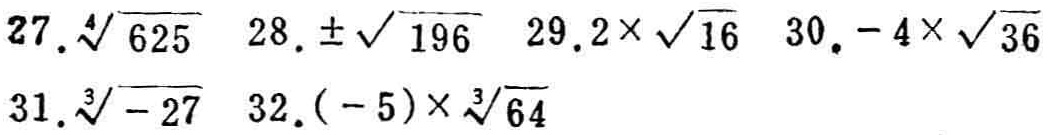
27. $\sqrt[4]{625}$  28. $\pm\sqrt{196}$  29. $2\times\sqrt{16}$  30. $-4\times\sqrt{36}$
31. $\sqrt[3]{-27}$  32. $(-5)\times\sqrt[3]{64}$